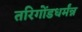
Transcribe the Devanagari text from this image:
तरिगोंडधर्मंन्न